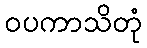
ဝပကာသိတုံ